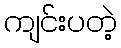
ကျင်းပတဲ့